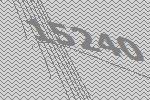
15240